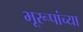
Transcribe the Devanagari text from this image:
भूरूपांच्या